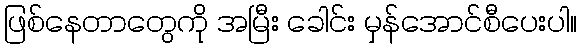
ဖြစ်နေတာတွေကို အမြီး ခေါင်း မှန်အောင်စီပေးပါ။